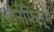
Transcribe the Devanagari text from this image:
लेनफिल्म